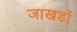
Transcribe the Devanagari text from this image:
जाखडों